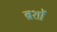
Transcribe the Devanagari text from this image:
ब्रशों